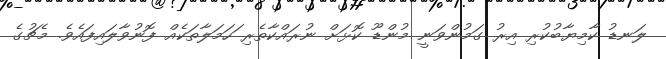
ލަނޑު ކާމިޔާބުކުރި އިރު ގަމުންވަނީ މުންޑޫ ކޮޅަށް ނުރައްކާތެރި ަހަމަލާތަކެއް ފޮނުވާލައިފައެވެ. މެޗުގެ